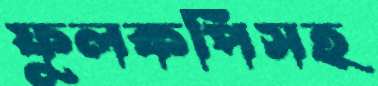
ফুলকপিসহ